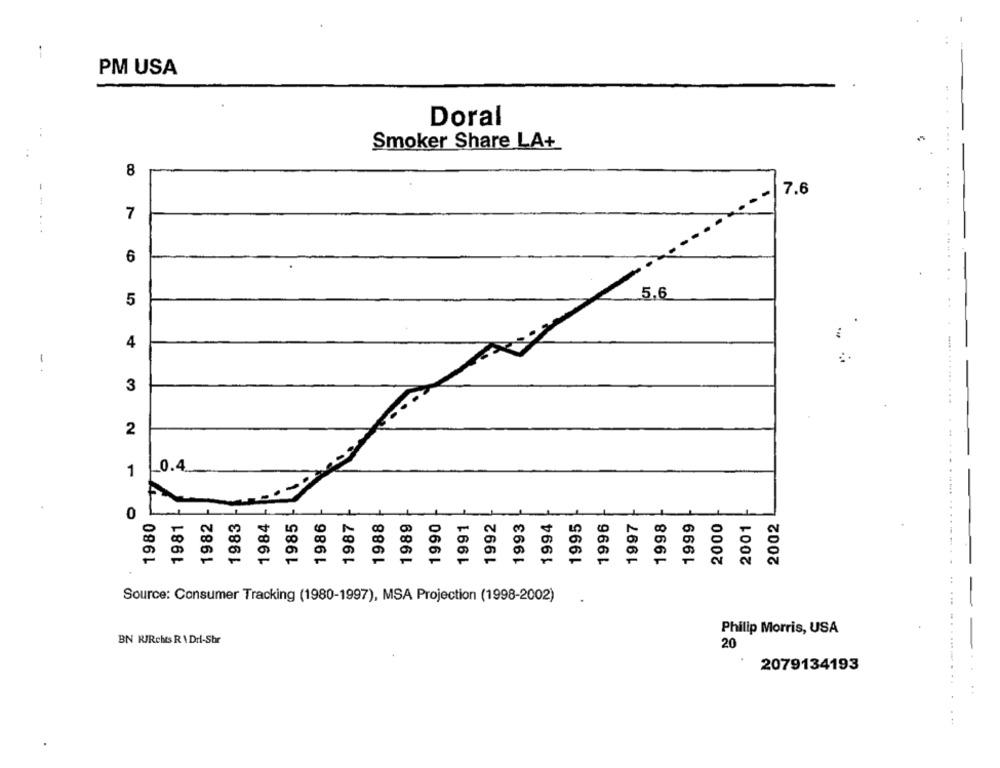
-
PM USA
Doral
Smoker Share LA+
:
--
8
7.6
...
7
.... .. .
6
5.6
5
4
1
.
3
2
0.4
1
0
1982
1983
1986
1989
1994
1996
1997
1980
1981
1984
1985
1987
1988
1990
1991
1992
1993
1995
1998
1999
2000
2001
2002
. .............. .....
Source: Consumer Tracking (1980-1997), MSA Projection (1998-2002)
Philip Morris, USA
....-
BN RIRchts R \ Drl-Shr
20
2079134193